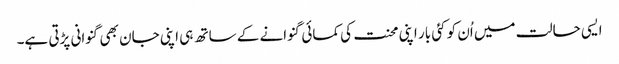
ایسی حالت میں اُن کو کئی بار اپنی محنت کی کمائی گنوانے کے ساتھ ہی اپنی جان بھی گنوانی پڑتی ہے۔